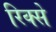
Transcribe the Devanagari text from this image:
रिक्से